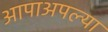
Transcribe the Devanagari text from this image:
आपाअपल्या